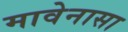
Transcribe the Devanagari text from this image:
मावेनासा